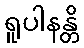
ရူပါနန္တိ